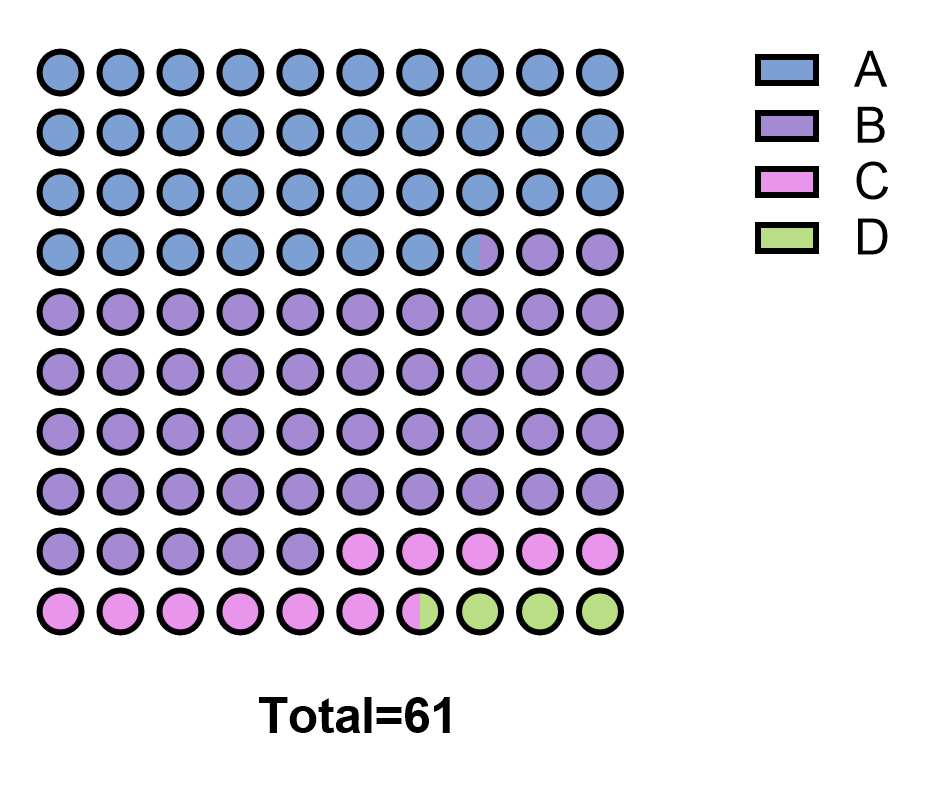
graphpad, parts of whole, dot plot